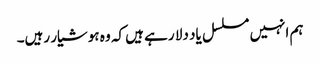
ہم انہیں مسلسل یاد دلا رہے ہیں کہ وہ ہوشیار رہیں۔